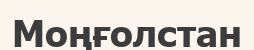
Моңғолстан